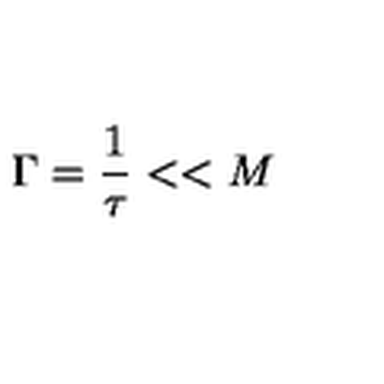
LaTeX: \Gamma = { \frac { 1 } { \tau } } < < M